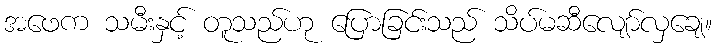
အဖေက သမီးနှင့် တူသည်ဟု ပြောခြင်းသည် သိပ်မဆီလျော်လှချေ။